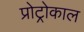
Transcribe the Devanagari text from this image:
प्रोट्रोकाल